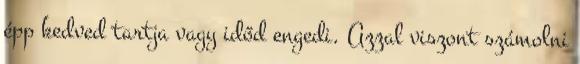
épp kedved tartja vagy időd engedi. Azzal viszont számolni